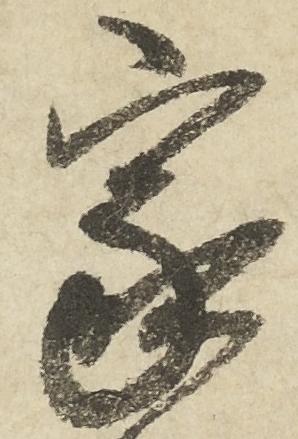
家